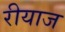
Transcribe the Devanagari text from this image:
रीयाज